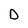
Character: D